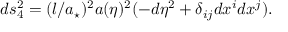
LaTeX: d s _ { 4 } ^ { 2 } = ( l / a _ { \star } ) ^ { 2 } a ( \eta ) ^ { 2 } ( - d \eta ^ { 2 } + \delta _ { i j } d x ^ { i } d x ^ { j } ) .